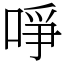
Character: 𠲜